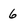
Character: 6